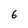
Character: 6